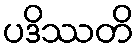
ပဒိဿတိ